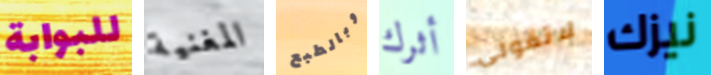
للبوابة المغنية وبالطبع أثرك لاتقولي نيزك